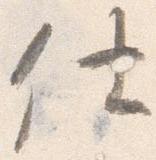
仕